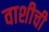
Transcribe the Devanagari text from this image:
वाशीची